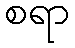
စရာ